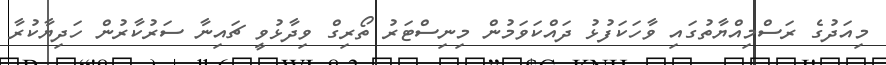
މިއަދުގެ ރަސްމިއްޔާތުގައި ވާހަކަފުޅު ދައްކަވަމުން މިނިސްޓަރު ތޯރިގް ވިދާޅުވީ ޗައިނާ ސަރުކާރުން ހަދިޔާކުރާ